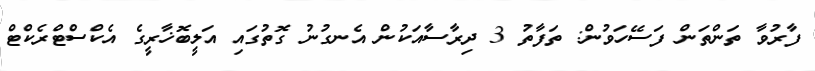
ފާރުވާ ތަންތަން ފަސޭހަވުން: ތަފާތު 3 ދިރާސާއަކުން އެނގުނު ގޮތުގައި އަލީބޮޚާރީގެ އެކްސްޓްރެކްޓް